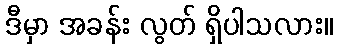
ဒီမှာ အခန်း လွတ် ရှိပါသလား။